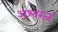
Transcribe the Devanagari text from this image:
अश्वरत्न